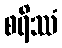
စရိဿံ